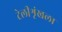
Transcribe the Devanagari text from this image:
टेलीशृंखला